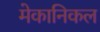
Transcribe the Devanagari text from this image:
मेकानिकल